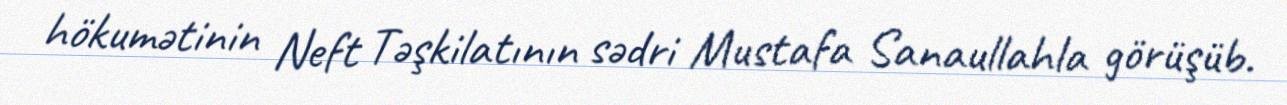
hökumətinin Neft Təşkilatının sədri Mustafa Sanaullahla görüşüb.